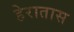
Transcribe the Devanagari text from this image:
हेरातास